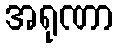
အရုဏာ